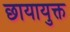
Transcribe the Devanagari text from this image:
छायायुक्त